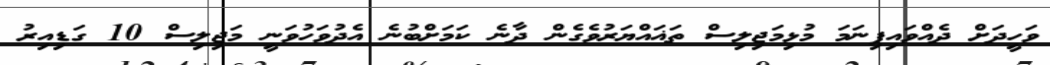
ވަހީދަށް ދެއްވައިފިނަމަ މުޅިމަޖިލިސް ތަޣައްޔަރުވެގެން ދާނެ ކަމަށްބުނެ އެދުވަހުވަނީ މަޖިލިސް 10 ގަޑިއިރު